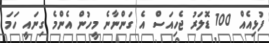
ފުޅިއެއް 100 ޑޮލަރު ޖެހިއަސް އެ ގަންނާނެ މީހުން އެންމެ ގިނައީ ހަމަ